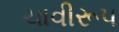
ચાવીરૂપ